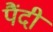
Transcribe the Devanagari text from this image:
पैंदी